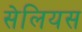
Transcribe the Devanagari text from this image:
सेलियस